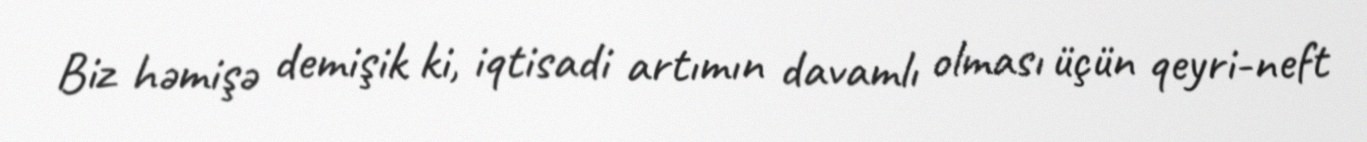
Biz həmişə demişik ki, iqtisadi artımın davamlı olması üçün qeyri-neft